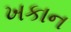
ખકાન